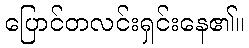
ပြောင်တလင်းရှင်းနေ၏။